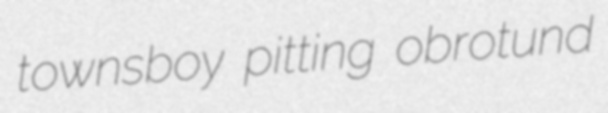
townsboy pitting obrotund